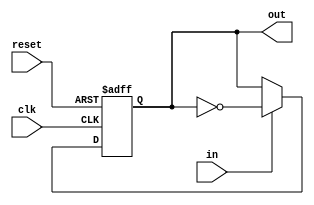
module pulse2toggle(/*AUTOARG*/
   // Outputs
   out,
   // Inputs
   clk, in, reset
   );

   
   //clocks
   input  clk; 
   
   input  in;   
   output out;

   //reset
   input  reset;  


   reg 	  out;
   wire   toggle;
   
   //if input goes high, toggle output
   //note1: input can only be high for one clock cycle
   //note2: be careful with clock gating

   assign toggle = in ? ~out :
		         out;
   

   always @ (posedge clk or posedge reset)
     if(reset)
       out <= 1'b0;
     else
       out <= toggle;
   
endmodule